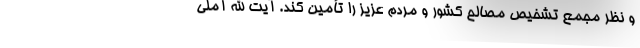
و نظر مجمع تشخیص مصالح کشور و مردم عزیز را تأمین کند. آیت الله آملی